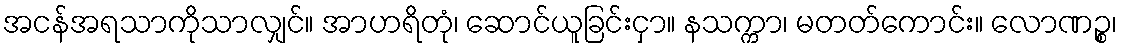
အငန်အရသာကိုသာလျှင်။ အာဟရိတုံ၊ ဆောင်ယူခြင်းငှာ။ နသက္ကာ၊ မတတ်ကောင်း။ လောဏဉ္စ၊